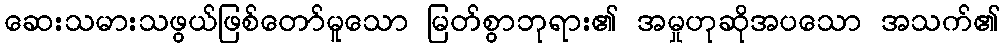
ဆေးသမားသဖွယ်ဖြစ်တော်မူသော မြတ်စွာဘုရား၏ အမှုဟုဆိုအပသော အသက်၏